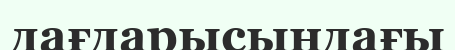
дағдарысындағы